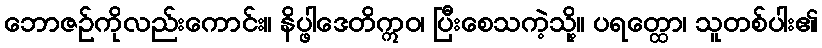
ဘောဇဉ်ကိုလည်းကောင်း။ နိပ္ဖါဒေတိဣဝ၊ ပြီးစေသကဲ့သို့။ ပရတ္ထော၊ သူတစ်ပါး၏